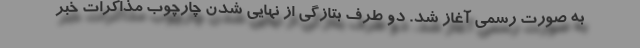
به صورت رسمی آغاز شد. دو طرف بتازگی از نهایی شدن چارچوب مذاکرات خبر